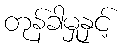
တုန်ခါမှုနှင့်